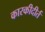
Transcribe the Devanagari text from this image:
कारकीदीर्त